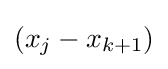
(x_{j}-x_{k+1})